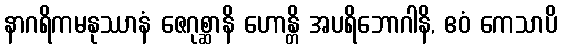
နာဂရိကမနုဿာနံ ဇေဂုစ္ဆာနိ ဟောန္တိ အပရိဘောဂါနိ, ဧဝံ ကေသာပိ